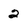
Character: 2